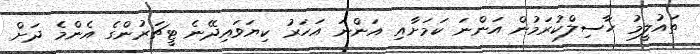
ތައުލީމު ހާސިލްކުރަމުން އަންނަ ކަމަށާއި އަންނަ އަހަރު ކިޔަވައިދޭނެ ޓީޗަރުންގެ އެންމެ ދަށް